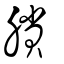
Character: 賸